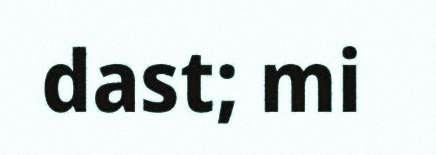
dast; mi